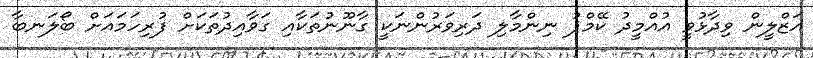
އަޒްލީން ވިދާޅުވީ އުއްމީދު ކޭމްޕު ނިންމާލި ދަރިވަރުންނަކީ ގާނޫނުތަކާއި ގަވާއިދުތަކަށް ފުރިހަމައަށް ބޯލަނބާ